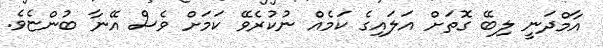
އާމްދަނީ ލިބޭ ގޮތަށް އަލައިގެ ކަމެއް ނުކުރެވޭ ކަމަށް ވެސް އޭނާ ބުންޏެެވެ.